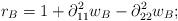
LaTeX: \begin{align*}r_B = 1 + \partial_{11}^2 w_B -\partial_{22}^2 w_B;\end{align*}